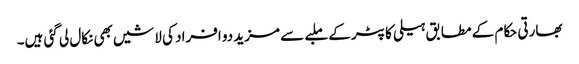
بھارتی حکام کے مطابق ہیلی کاپٹر کے ملبے سے مزید دو افراد کی لاشیں بھی نکال لی گئی ہیں۔